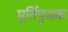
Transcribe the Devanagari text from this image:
मूर्तिपुजक